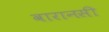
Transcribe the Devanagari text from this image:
वारानसी